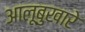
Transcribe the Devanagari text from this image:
आलूबुखारे